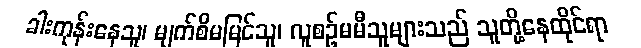
ခါးကုန်းနေသူ၊ မျက်စိမမြင်သူ၊ လူစဉ်မမီသူများသည် သူတို့နေထိုင်ရာ